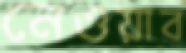
নেওয়াব